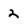
Character: 2